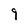
Character: 9